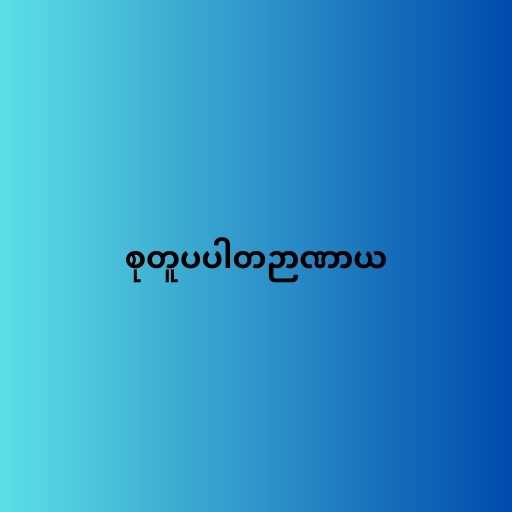
စုတူပပါတဉာဏာယ